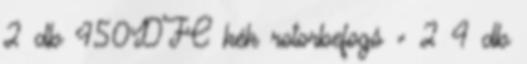
2 db 450DFC kék rotorbefogó × 2 4 db